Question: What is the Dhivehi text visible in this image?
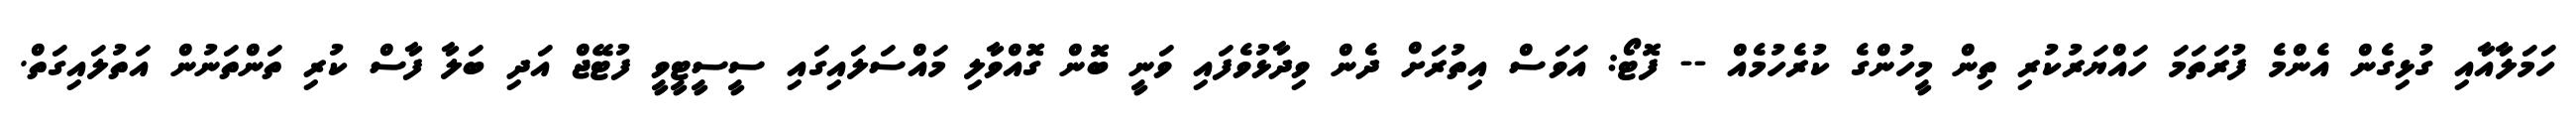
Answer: ހަމަލާއާއި ގުޅިގެން އެންމެ ފުރަތަމަ ހައްޔަރުކުރި ތިން މީހުންގެ ކުރެހުމެއް -- ފޮޓޯ: އަވަސް އިތުރަށް ދެން ވިދާޅުވެފައި ވަނީ ބޮން ގޮއްވާލި މައްސަލައިގައި ސީސީޓީވީ ފުޓޭޖް އަދި ބަލާ ފާސް ކުރި ތަންތަނުން އަތުލައިގަތް.